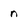
Character: n